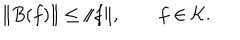
\| B ( f ) \| \le \| f \| , \qquad f \in { \cal K } .